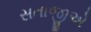
સતાજીએ